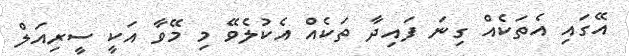
އޭގައި އެތަކެއް ގިނަ ފައިދާ ތަކެއް އެކުލެވޭ މި މޭވާ އަކީ ސީރިއަލް